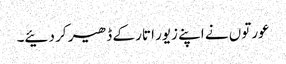
عورتوں نے اپنے زیور اتار کے ڈھیر کر دئیے۔